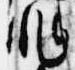
非